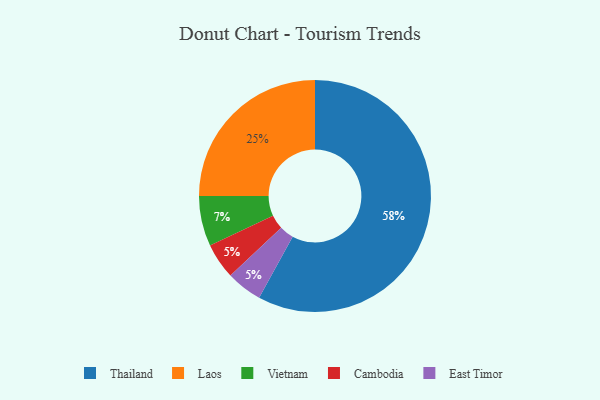
{"axis": {"x": "Category", "y": "Percentage"}, "legend": ["Cambodia", "East Timor", "Laos", "Thailand", "Vietnam"], "data": [{"x": "Laos", "y": 25, "type": "Laos"}, {"x": "Cambodia", "y": 5, "type": "Cambodia"}, {"x": "Vietnam", "y": 7, "type": "Vietnam"}, {"x": "Thailand", "y": 58, "type": "Thailand"}, {"x": "East Timor", "y": 5, "type": "East Timor"}]}